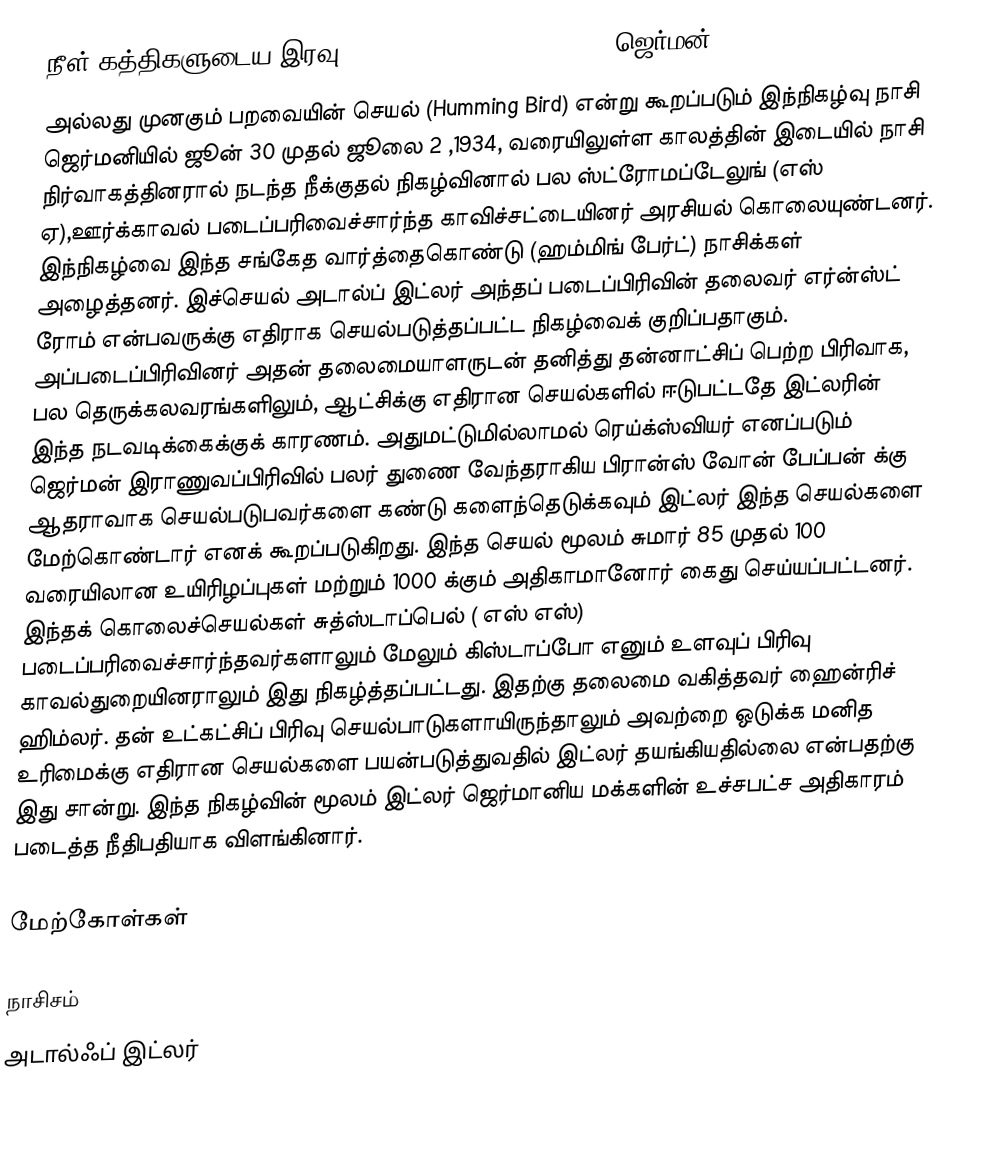
நீள் கத்திகளுடைய இரவு (Night of the Long Knives) (ஜெர்மன்: )
அல்லது முனகும் பறவையின் செயல் (Humming Bird) என்று கூறப்படும் இந்நிகழ்வு நாசி ஜெர்மனியில்  ஜூன் 30 முதல் ஜூலை 2 ,1934, வரையிலுள்ள காலத்தின்  இடையில் நாசி நிர்வாகத்தினரால் நடந்த நீக்குதல் நிகழ்வினால்  பல ஸ்ட்ரோமப்டேலுங்  (எஸ் ஏ),ஊர்க்காவல் படைப்பரிவைச்சார்ந்த காவிச்சட்டையினர் அரசியல் கொலையுண்டனர். இந்நிகழ்வை இந்த சங்கேத வார்த்தைகொண்டு (ஹம்மிங் பேர்ட்) நாசிக்கள் அழைத்தனர். இச்செயல் அடால்ப் இட்லர் அந்தப் படைப்பிரிவின் தலைவர் எர்ன்ஸ்ட் ரோம் என்பவருக்கு எதிராக செயல்படுத்தப்பட்ட நிகழ்வைக் குறிப்பதாகும். அப்படைப்பிரிவினர் அதன் தலைமையாளருடன் தனித்து தன்னாட்சிப் பெற்ற பிரிவாக, பல தெருக்கலவரங்களிலும், ஆட்சிக்கு எதிரான செயல்களில்  ஈடுபட்டதே இட்லரின் இந்த நடவடிக்கைக்குக் காரணம். அதுமட்டுமில்லாமல் ரெய்க்ஸ்வியர் எனப்படும் ஜெர்மன் இராணுவப்பிரிவில் பலர் துணை வேந்தராகிய பிரான்ஸ் வோன் பேப்பன் க்கு ஆதராவாக செயல்படுபவர்களை கண்டு களைந்தெடுக்கவும் இட்லர் இந்த செயல்களை மேற்கொண்டார் எனக் கூறப்படுகிறது. இந்த செயல் மூலம் சுமார் 85 முதல் 100 வரையிலான உயிரிழப்புகள் மற்றும் 1000 க்கும் அதிகாமானோர் கைது செய்யப்பட்டனர். இந்தக் கொலைச்செயல்கள் சுத்ஸ்டாப்பெல் ( எஸ் எஸ்) படைப்பரிவைச்சார்ந்தவர்களாலும் மேலும் கிஸ்டாப்போ எனும் உளவுப் பிரிவு காவல்துறையினராலும் இது நிகழ்த்தப்பட்டது. இதற்கு தலைமை வகித்தவர் ஹைன்ரிச் ஹிம்லர். தன் உட்கட்சிப் பிரிவு செயல்பாடுகளாயிருந்தாலும்  அவற்றை ஒடுக்க மனித உரிமைக்கு எதிரான  செயல்களை பயன்படுத்துவதில் இட்லர் தயங்கியதில்லை என்பதற்கு இது சான்று. இந்த நிகழ்வின் மூலம் இட்லர் ஜெர்மானிய மக்களின் உச்சபட்ச அதிகாரம் படைத்த நீதிபதியாக விளங்கினார்.

மேற்கோள்கள்

நாசிசம்
அடால்ஃப் இட்லர்